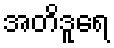
အတိဒူရေ